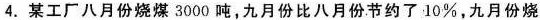
4.某工厂八月份烧煤3000吨，九月份比八月份节约了10\%，九月份烧